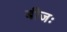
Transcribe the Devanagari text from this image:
बीजः